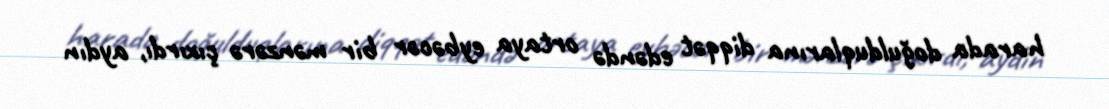
harada doğulduqlarına diqqət edəndə ortaya eybəcər bir mənzərə çıxırdı, aydın